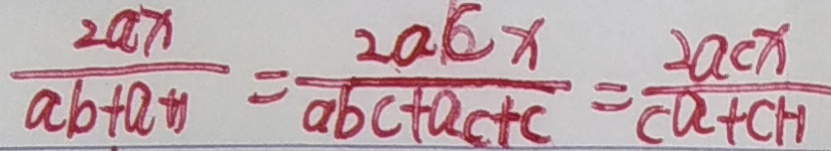
\frac { 2 a x } { a b + a + 1 } = \frac { 2 a c x } { a b c + a c + c } = \frac { 2 a c x } { c a + c + 1 }